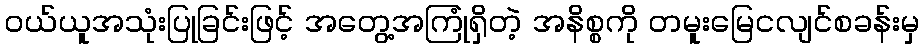
ဝယ်ယူအသုံးပြုခြင်းဖြင့် အတွေ့အကြုံရှိတဲ့ အနိစ္စကို တမူးမြေငလျင်စခန်းမှ